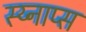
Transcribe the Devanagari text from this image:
स्य्नाप्स